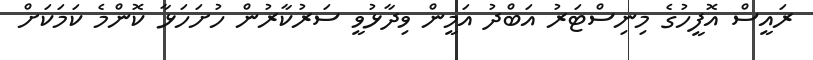
ރައީސް އޮފީހުގެ މިނިސްޓަރު އަބްދު އަމީން ވިދާޅުވީ ސަރުކާރުން ހުށަހަޅާ ކޮންމެ ކަމަކަށް